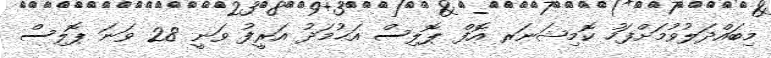
މިބައްދަލުވުމަށްފަހު ކޮމިޝަނަރ އޮފް ޕޮލިސް އަޙުމަދު އަރީފު ވަނީ 28 ވަނަ ޕޮލިސް